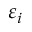
\varepsilon _ { i }